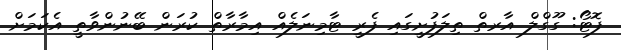
ފޮޓޯ: ގޫގްލް އާރތް ތިލަފުށީގައި ފެރީ ޓާމިނަލެއް އިމާރާތް ކުރަން ބޭނުންވާތީ އެކަމަށް